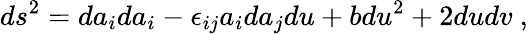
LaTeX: ds^{2}=da_{i}da_{i}-\epsilon_{ij}a_{i}da_{j}du+bdu^{2}+2dudv~,